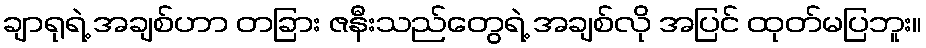
ချာရုရဲ့ အချစ်ဟာ တခြား ဇနီးသည်တွေရဲ့ အချစ်လို အပြင် ထုတ်မပြဘူး။